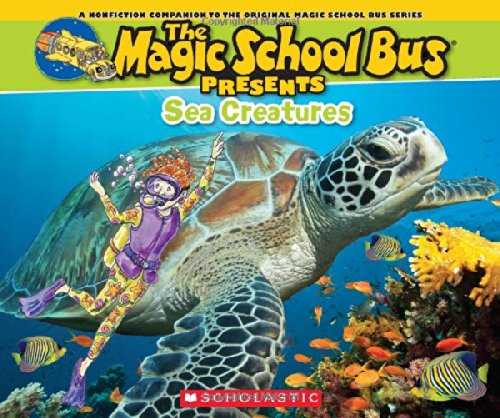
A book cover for Magic School Bus Presents: Sea Creatures: A Nonfiction Companion to the Original Magic School Bus Series; Tom Jackson; Children's Books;